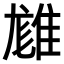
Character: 𨿙